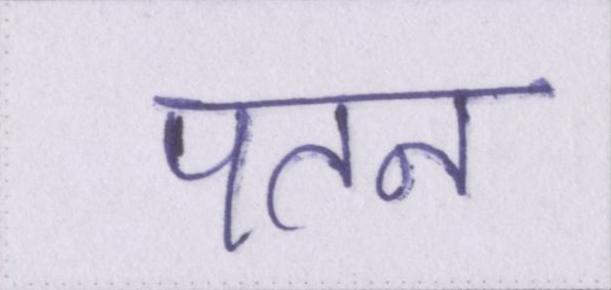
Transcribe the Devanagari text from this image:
पतन